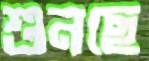
শুনছে